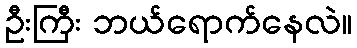
ဦးကြီး ဘယ်ရောက်နေလဲ။